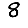
Digit: 8